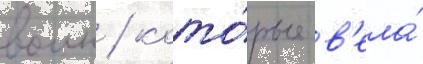
воин / кото́рые в'ела́